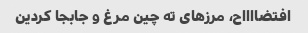
افتضااااح، مرزهای ته چین مرغ و جابجا کردین